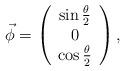
LaTeX: \begin{align*}\vec \phi = \left(\begin{array}{c}\sin \frac{\theta}{2} \\ 0 \\ \cos \frac{\theta}{2}\end{array} \right),\end{align*}